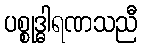
ပစ္စုဒ္ဓါရဏသညီ